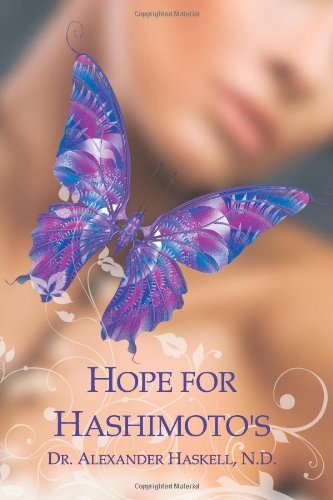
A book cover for Hope for Hashimoto's; Alexander Haskell; Health, Fitness & Dieting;